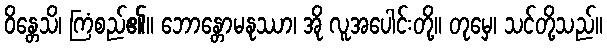
ဝိန္တေသိ၊ ကြံစည်၏။ ဘောန္တောမနုဿာ၊ အို လူအပေါင်းတို့။ တုမှေ၊ သင်တို့သည်။